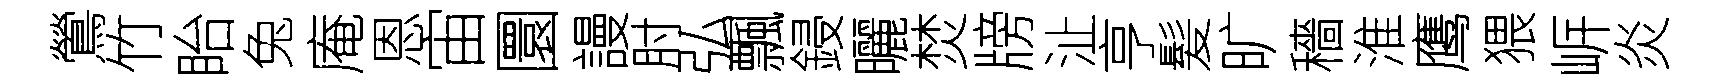
鶯竹眙兔庵恩宙圜謾肘弘飄鋟曬焚牓沚亨髪旷穡淮鹰猥㟁炎